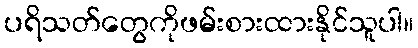
ပရိသတ်တွေကိုဖမ်းစားထားနိုင်သူပါ။